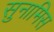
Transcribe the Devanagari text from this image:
सुनामिस